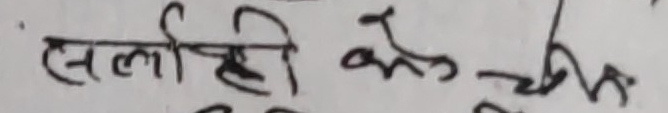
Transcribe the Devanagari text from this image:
सलोही के चान